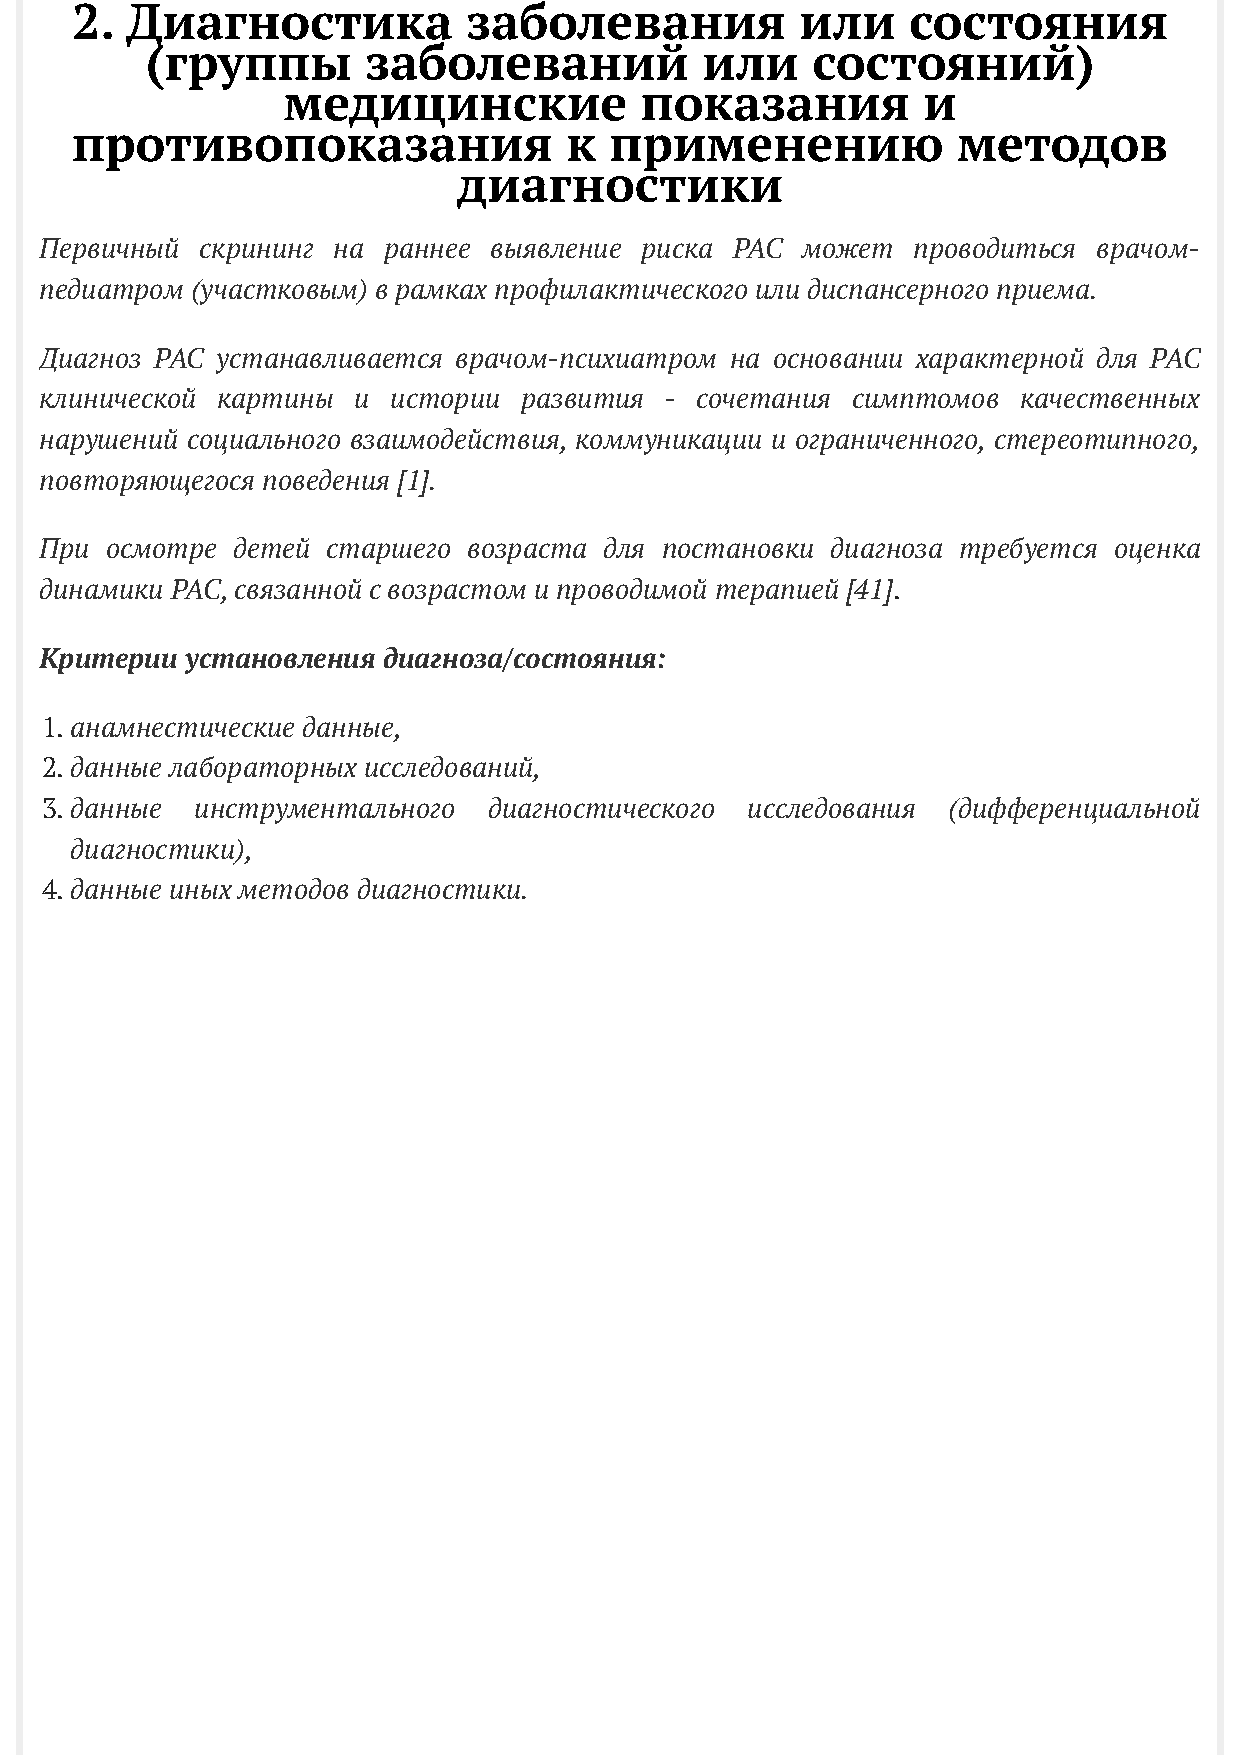
2. Диагностика            заболевания           или    состояния
 (группы       заболеваний           или     состояний)
 медицинские            показания          и
 противопоказания                к  применению             методов
 диагностики
 Первичный скрининг на раннее выявление риска РАС  может  проводиться  врачом-
 педиатром (участковым) в рамках профилактического или диспансерного приема.
 Диагноз РАС устанавливается врачом-психиатром на основании характерной для РАС
 клинической картины и  истории развития  - сочетания симптомов   качественных
 нарушений социального взаимодействия, коммуникации и ограниченного, стереотипного,
 повторяющегося поведения [1].
 При осмотре детей  старшего возраста для постановки диагноза требуется оценка
 динамики РАС, связанной с возрастом и проводимой терапией [41].
 Критерии установления диагноза/состояния:
 1. анамнестические данные,
 2. данные лабораторных исследований,
 3. данные инструментального  диагностического исследования  (дифференциальной
 диагностики),
 4. данные иных методов диагностики.